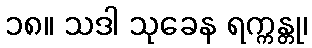
၁၈။ သဒါ သုခေန ရက္ကန္တု၊